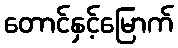
တောင်နှင့်မြောက်